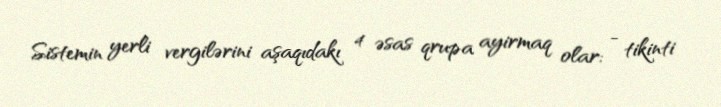
Sistemin yerli vergilərini aşaqıdakı 4 əsas qrupa ayirmaq olar: - tikinti